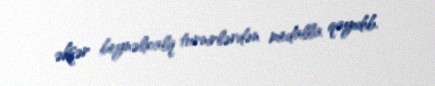
əksər beynəlxalq turnirlərdən medalla qayıdıb.